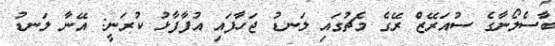
ބާސެލޯނާގެ ސުއަރޭޒް ރޭގެ މެޗުގައި ލަނޑު ޖަހާފައި އުފާފާޅު ކުރަނީ: އޭނާ ލަނޑު